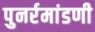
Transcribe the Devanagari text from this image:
पुनर्रमांडणी